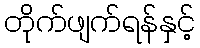
တိုက်ဖျက်ရန်နှင့်